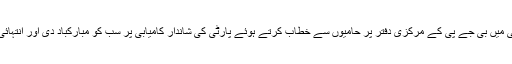
انتخابات میں کامیابی کے بعد نریندر مودی نے نئی دہلی میں بی جے پی کے مرکزی دفتر پر حامیوں سے خطاب کرتے ہوئے پارٹی کی شاندار کامیابی پر سب کو مبارکباد دی اور انتہائی گرم موسم میں ووٹ ڈالنے والوں کا بھی شکریہ ادا کیا۔